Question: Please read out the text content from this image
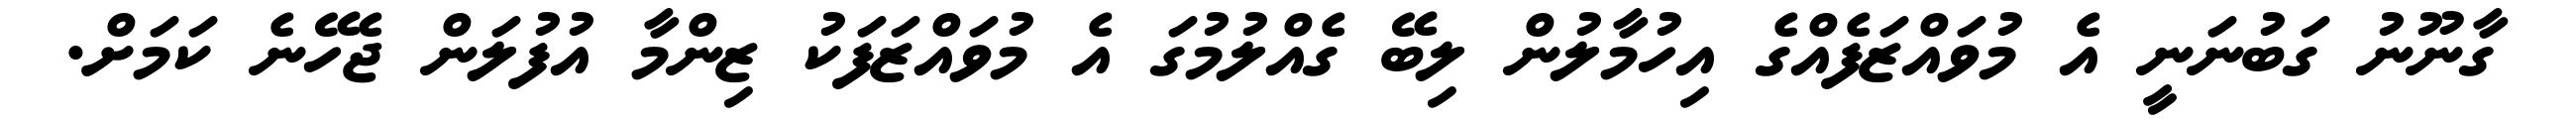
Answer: ގާނޫނު ގަބުނަނީ އެ މުވައްޒަފެއްގެ އިހުމާލުން ލިބޭ ގެއްލުމުގަ އެ މުވައްޒަފަކު ޒިންމާ އުފުލަން ޖެހޭނެ ކަމަށް.